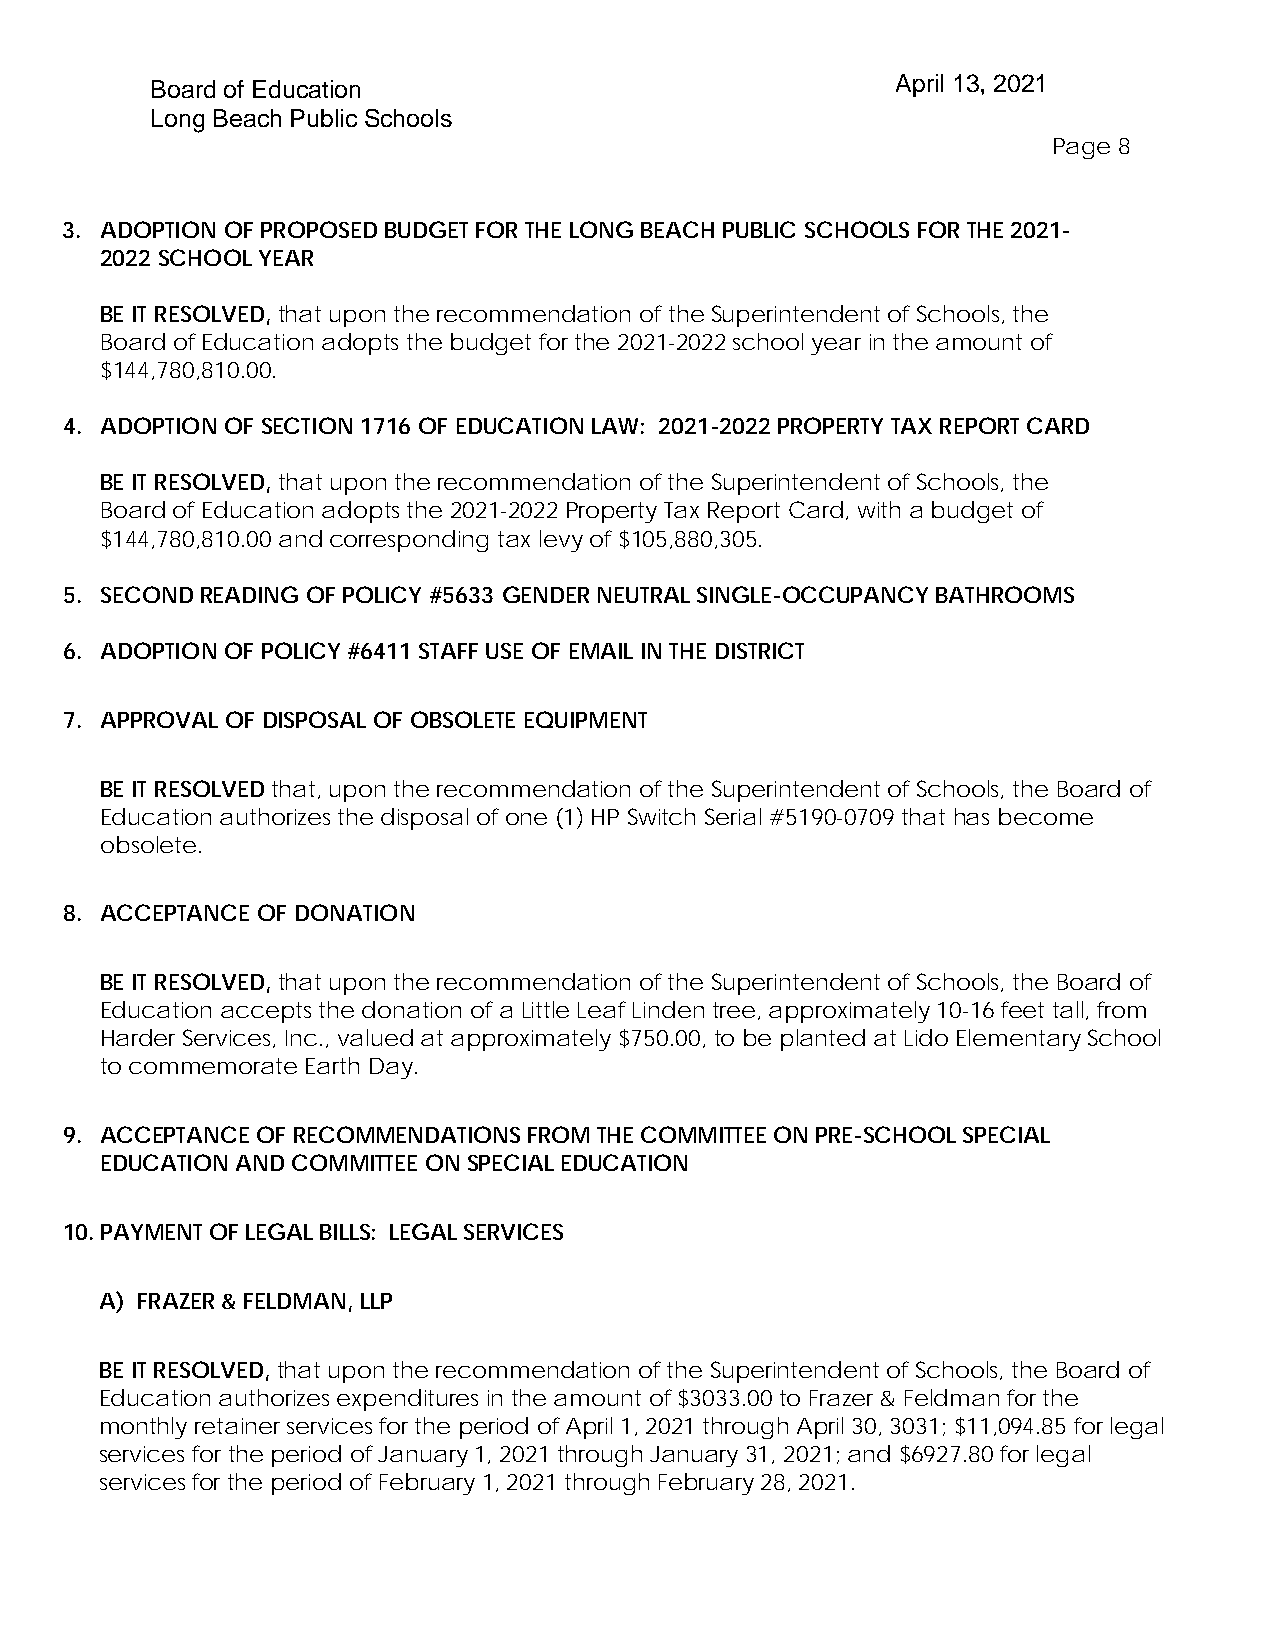
Board of Education                               April 13, 2021
 Long Beach Public Schools
 Page 8
 3. ADOPTION OF PROPOSED BUDGET FOR THE LONG BEACH PUBLIC SCHOOLS FOR THE 2021-
 2022 SCHOOL YEAR
 BE IT RESOLVED, that upon the recommendation of the Superintendent of Schools, the
 Board of Education adopts the budget for the 2021-2022 school year in the amount of
 $144,780,810.00.
 4. ADOPTION OF SECTION 1716 OF EDUCATION LAW: 2021-2022 PROPERTY TAX REPORT CARD
 BE IT RESOLVED, that upon the recommendation of the Superintendent of Schools, the
 Board of Education adopts the 2021-2022 Property Tax Report Card, with a budget of
 $144,780,810.00 and corresponding tax levy of $105,880,305.
 5. SECOND READING OF POLICY #5633 GENDER NEUTRAL SINGLE-OCCUPANCY BATHROOMS
 6. ADOPTION OF POLICY #6411 STAFF USE OF EMAIL IN THE DISTRICT
 7. APPROVAL OF DISPOSAL OF OBSOLETE EQUIPMENT
 BE IT RESOLVED that, upon the recommendation of the Superintendent of Schools, the Board of
 Education authorizes the disposal of one (1) HP Switch Serial #5190-0709 that has become
 obsolete.
 8. ACCEPTANCE OF DONATION
 BE IT RESOLVED, that upon the recommendation of the Superintendent of Schools, the Board of
 Education accepts the donation of a Little Leaf Linden tree, approximately 10-16 feet tall, from
 Harder Services, Inc., valued at approximately $750.00, to be planted at Lido Elementary School
 to commemorate Earth Day.
 9. ACCEPTANCE OF RECOMMENDATIONS FROM THE COMMITTEE ON PRE-SCHOOL SPECIAL
 EDUCATION AND COMMITTEE ON SPECIAL EDUCATION
 10. PAYMENT OF LEGAL BILLS: LEGAL SERVICES
 A) FRAZER & FELDMAN, LLP
 BE IT RESOLVED, that upon the recommendation of the Superintendent of Schools, the Board of
 Education authorizes expenditures in the amount of $3033.00 to Frazer & Feldman for the
 monthly retainer services for the period of April 1, 2021 through April 30, 3031; $11,094.85 for legal
 services for the period of January 1, 2021 through January 31, 2021; and $6927.80 for legal
 services for the period of February 1, 2021 through February 28, 2021.